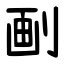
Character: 㓰